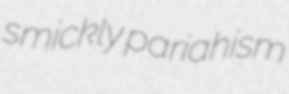
smickly pariahism